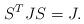
LaTeX: \begin{align*}S^T J S = J.\end{align*}